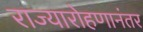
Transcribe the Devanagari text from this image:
राज्यारोहणानंतर